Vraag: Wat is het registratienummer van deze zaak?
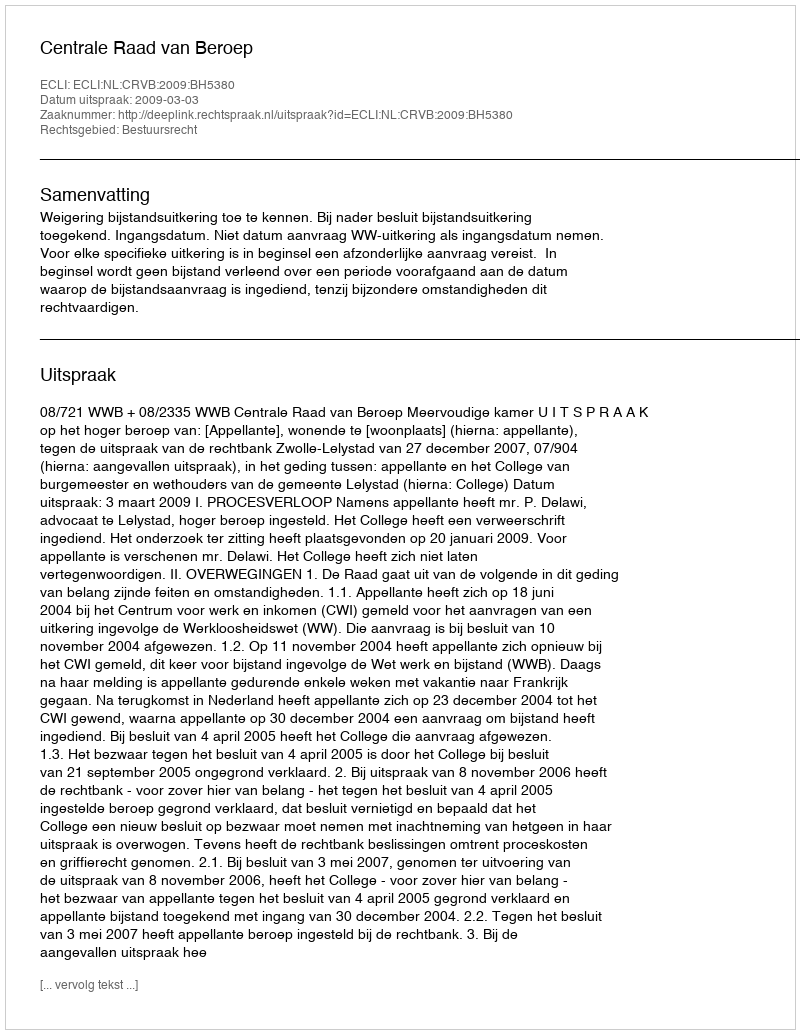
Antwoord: http://deeplink.rechtspraak.nl/uitspraak?id=ECLI:NL:CRVB:2009:BH5380